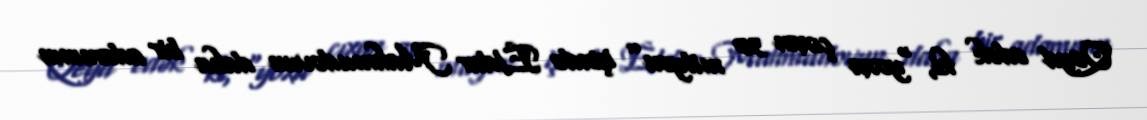
Qeyd edək ki, “yoxa çıxan 30 milyon” işində Eldar Mahmudovun daha bir adamının